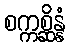
စက္ကစ္ဆိန္နံ